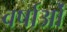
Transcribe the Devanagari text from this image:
वर्षाओं